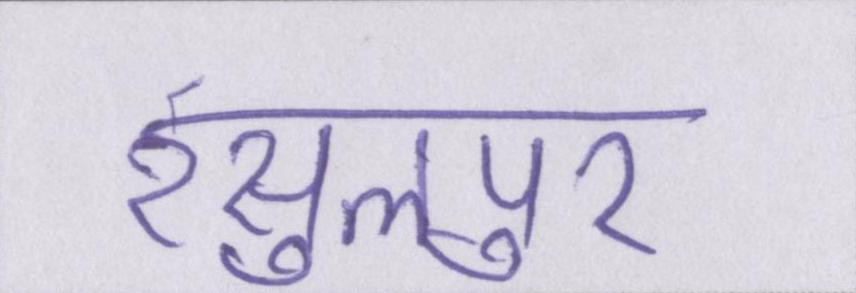
रसुलपुर